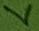
Text: V